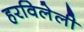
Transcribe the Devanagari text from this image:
हरविलेली